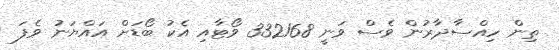
ތިން ހިއްސާދާރުން ވެސް ވަނީ 332168 ވޯޓާއި އެކު ބޯޑަށް އައްޔަނު ވެފަ